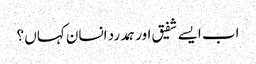
اب ایسے شفیق اور ہمدرد انسان کہاں ؟